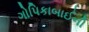
ગોપિકાબાઈની